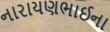
નારાયણભાઈના